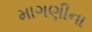
માગણીના